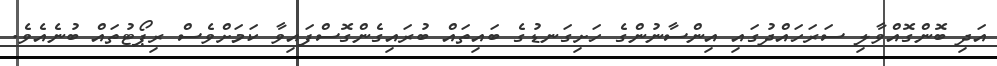
އަދި ބޮންގޮއްވާލި ސަރަހައްދުގައި އިންސާނުންގެ ހަށިގަނޑުގެ ބައިތައް ބުރައިގެންގޮސްފައިވާ ކަމަށްވެސް ރިޕޯޓުތައް ބުނެއެވެ.